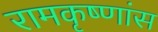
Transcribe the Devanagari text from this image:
रामकृष्णांस